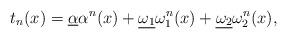
LaTeX: \begin{align*}t_{n}(x)=\underline{\alpha}\alpha^{n}(x)+\underline{\omega_{1}}\omega_{1}^{n}(x)+\underline{\omega_{2}}\omega_{2}^{n}(x),\end{align*}